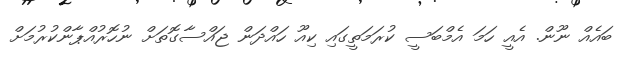
ބައެއް ނޫން. އެއީ ހަމަ އެމްބަސީ ކުރަމަތީގައި ކިއޫ ހައްދަން ޖައްސާގޮތަށް ނުހޮރުއްޕާންކުރުމަށް